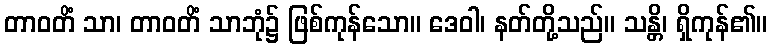
တာဝတိံ သာ၊ တာဝတိံ သာဘုံ၌ ဖြစ်ကုန်သော။ ဒေဝါ၊ နတ်တို့သည်။ သန္တိ၊ ရှိကုန်၏။